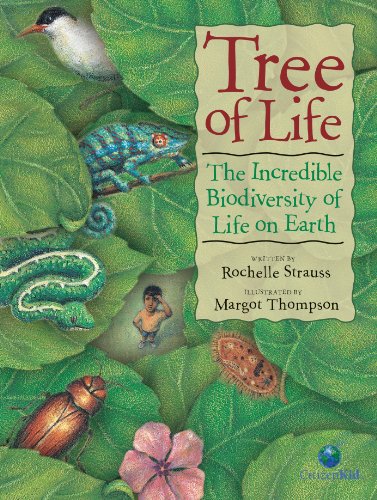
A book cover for Tree of Life: The Incredible Biodiversity of Life on Earth (CitizenKid); Rochelle Strauss; Children's Books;